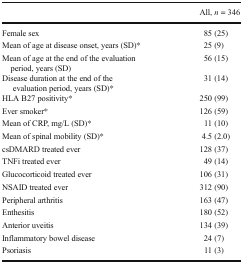
|  | All, n = 346 |
 | --- | --- |
 | Female sex | 85 (25) |
 | Mean of age at disease onset, years (SD)* | 25 (9) |
 | Mean of age at the end of the evaluation period, years (SD) | 56 (15) |
 | Disease duration at the end of the evaluation period, years (SD)* | 31 (14) |
 | HLA B27 positivity* | 250 (99) |
 | Ever smoker* | 126 (59) |
 | Mean of CRP, mg/L (SD)* | 11 (10) |
 | Mean of spinal mobility (SD)* | 4.5 (2.0) |
 | csDMARD treated ever | 128 (37) |
 | TNFi treated ever | 49 (14) |
 | Glucocorticoid treated ever | 106 (31) |
 | NSAID treated ever | 312 (90) |
 | Peripheral arthritis | 163 (47) |
 | Enthesitis | 180 (52) |
 | Anterior uveitis | 134 (39) |
 | Inflammatory bowel disease | 24 (7) |
 | Psoriasis | 11 (3) |